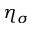
\eta _ { \sigma }